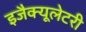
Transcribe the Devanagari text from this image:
इजैक्यूलेटरी